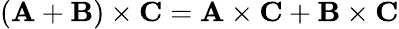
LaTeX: (\mathbf{A}+\mathbf{B})\times\mathbf{C}=\mathbf{A}\times\mathbf{C}+\mathbf{B}\times\mathbf{C}